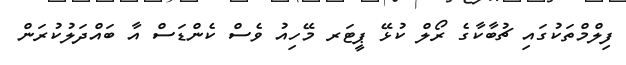
ފިލްމްތަކުގައި ޗުބާކާގެ ރޯލް ކުޅޭ ޕީޓަރ މޭހިއު ވެސް ކެންޑަސް އާ ބައްދަލުކުރަން